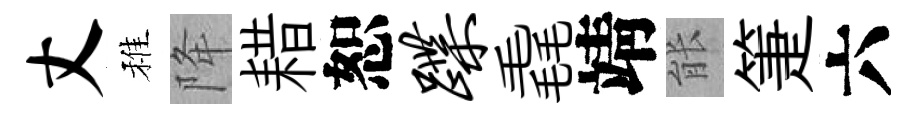
丈稚降耤恕蹀毳靖䏻箑六